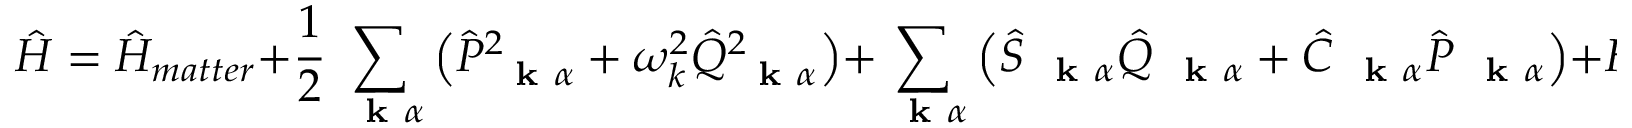
\hat { H } = \hat { H } _ { m a t t e r } + \frac { 1 } { 2 } \sum _ { \mathrm { ~ \bf ~ k ~ } \alpha } \left( \hat { P } _ { \mathrm { ~ \bf ~ k ~ } \alpha } ^ { 2 } + \omega _ { k } ^ { 2 } \hat { Q } _ { \mathrm { ~ \bf ~ k ~ } \alpha } ^ { 2 } \right) + \sum _ { \mathrm { ~ \bf ~ k ~ } \alpha } \left( \hat { S } _ { \mathrm { ~ \bf ~ k ~ } \alpha } \hat { Q } _ { \mathrm { ~ \bf ~ k ~ } \alpha } + \hat { C } _ { \mathrm { ~ \bf ~ k ~ } \alpha } \hat { P } _ { \mathrm { ~ \bf ~ k ~ } \alpha } \right) + \hat { H } _ { I 2 } + \hat { H } _ { I 3 }